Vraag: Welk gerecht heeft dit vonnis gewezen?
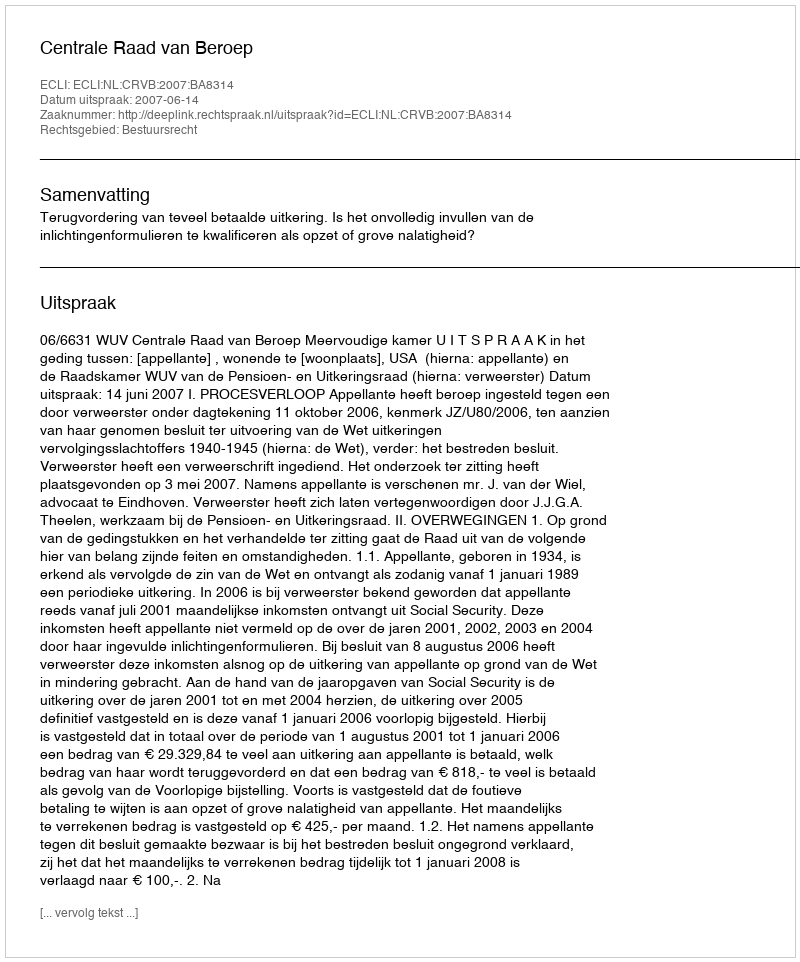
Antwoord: Centrale Raad van Beroep